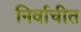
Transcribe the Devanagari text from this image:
निर्वाचीत